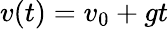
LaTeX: v(t)=v_{0}+gt